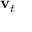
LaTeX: \mathbf { v } _ { t }